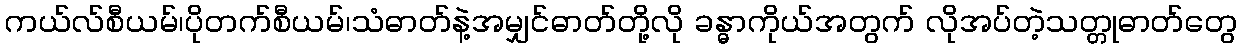
ကယ်လ်စီယမ်၊ပိုတက်စီယမ်၊သံဓာတ်နဲ့အမျှင်ဓာတ်တို့လို ခန္ဓာကိုယ်အတွက် လိုအပ်တဲ့သတ္တုဓာတ်တွေ